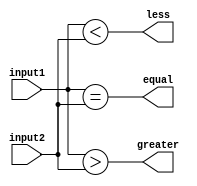
module comparator(
    input [7:0] input1,
    input [7:0] input2,
    output equal,
    output greater,
    output less
);

assign equal = (input1 == input2);
assign greater = (input1 > input2);
assign less = (input1 < input2);

endmodule